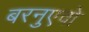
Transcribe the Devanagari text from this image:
बरनुएवो